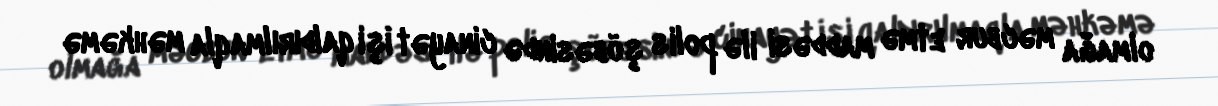
olmağa məcbur etmə maddəsi ilə polis şöbəsində cinayət işi qaldırılmaqla məhkəmə